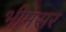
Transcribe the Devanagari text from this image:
भीमसर